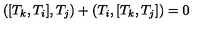
( [ T _ { k } , T _ { i } ] , T _ { j } ) + ( T _ { i } , [ T _ { k } , T _ { j } ] ) = 0